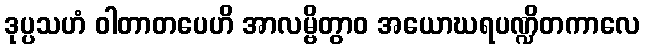
ဒုပ္ပသဟံ ဝါတာတပေဟိ အာလမ္ဗိတွာဝ အယောဃရပဏ္ဍိတကာလေ